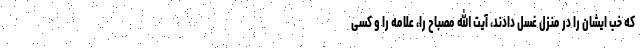
که خب ایشان را در منزل غسل دادند، آیت الله مصباح را، علامه را و کسی